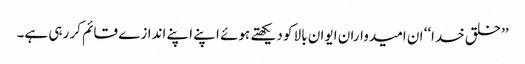
’’خلق خدا‘‘ ان امیدواران ایوان بالا کو دیکھتے ہوئے اپنے اپنے اندازے قائم کر رہی ہے۔